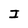
Character: I